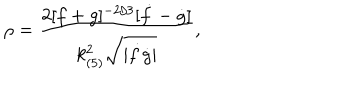
LaTeX: \rho = \frac { 2 [ f + g ] ^ { - 2 / 3 } [ \dot { f } - \dot { g } ] } { k _ { ( 5 ) } ^ { 2 } \sqrt { | \dot { f } \dot { g } | } } ,